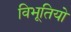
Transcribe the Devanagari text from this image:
विभूतियो